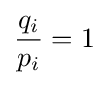
{\frac {q_{i}}{p_{i}}}=1